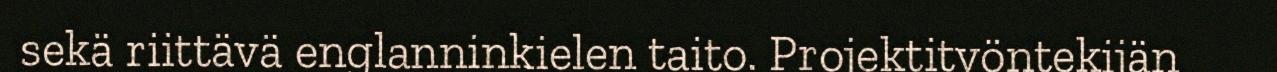
sekä riittävä englanninkielen taito. Projektityöntekijän